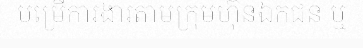
បម្រើការងារតាមក្រុមហ៊ុនឯកជន ឬ